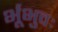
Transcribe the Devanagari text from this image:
र्भूभुवः